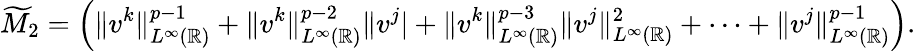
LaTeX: \widetilde{M}_{2}=\left(\| v^{k}\| _{L^{\infty}(\mathbb{R})}^{p-1}+\| v^{k}\| _{L^{\infty}(\mathbb{R})}^{p-2}\| v^{j}|+\| v^{k}\| _{L^{\infty}(\mathbb{R})}^{p-3}\| v^{j}\| _{L^{\infty}(\mathbb{R})}^{2}+\cdots+\| v^{j}\| _{L^{\infty}(\mathbb{R})}^{p-1}\right).